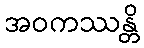
အဝကဿန္တိ